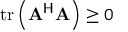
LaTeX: \operatorname { t r } \left( \mathbf { A } ^ { \mathsf { H } } \mathbf { A } \right) \geq 0